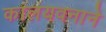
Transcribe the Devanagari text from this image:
कालयवनाने